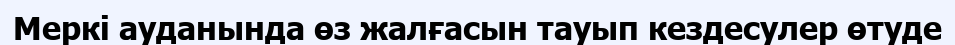
Меркі ауданында өз жалғасын тауып кездесулер өтуде